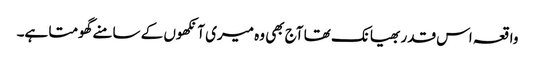
واقعہ اس قدر بھیانک تھا آج بھی وہ میری آنکھوں کے سامنے گھومتا ہے۔